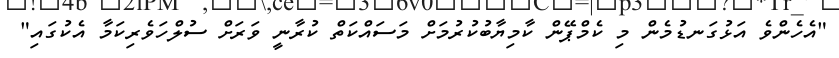
"އެހެންވެ އަޅުގަނޑުމެން މި ކެމްޕޭން ކާމިޔާބުކުރުމަށް މަސައްކަތް ކުރާނީ ވަރަށް ސުލްހަވެރިކަމާ އެކުގައި"